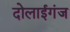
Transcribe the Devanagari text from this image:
दोलाईगंज